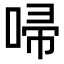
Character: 𠴵